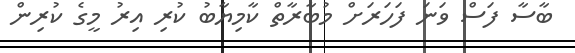
ބާސާ ފަސް ވަނަ ފަހަރަށް މުބާރާތް ކާމިޔާބު ކުރި އިރު މީގެ ކުރިން